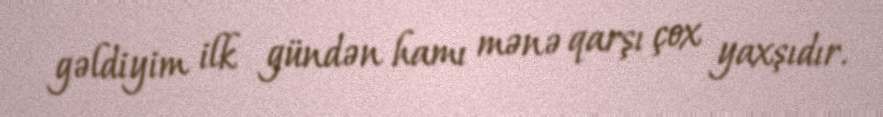
gəldiyim ilk gündən hamı mənə qarşı çox yaxşıdır.